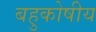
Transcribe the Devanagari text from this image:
बहुकोषीय